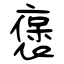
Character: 褒